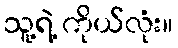
သူ့ရဲ့ ကိုယ်လုံး။